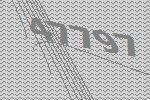
47797